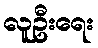
လူဦးရေး